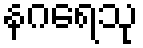
နဂရေသု